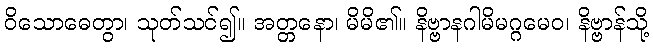
ဝိသောဓေတွာ၊ သုတ်သင်၍။ အတ္တနော၊ မိမိ၏။ နိဗ္ဗာနဂါမိမဂ္ဂမေဝ၊ နိဗ္ဗာန်သို့